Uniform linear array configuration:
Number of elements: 32
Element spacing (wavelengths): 0.25
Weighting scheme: kaiser
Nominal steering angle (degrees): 45
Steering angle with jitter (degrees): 43.3
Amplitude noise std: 0.05
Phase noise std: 0.05

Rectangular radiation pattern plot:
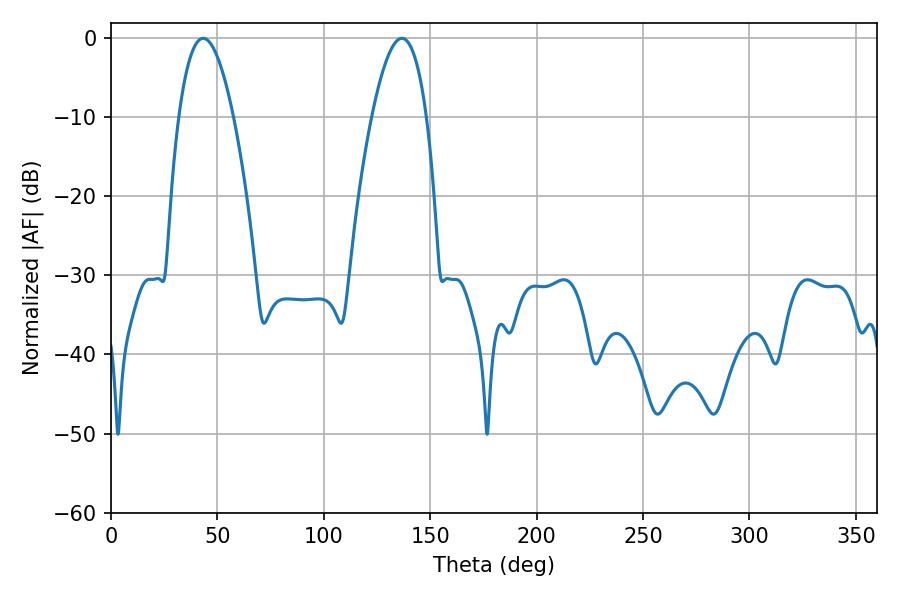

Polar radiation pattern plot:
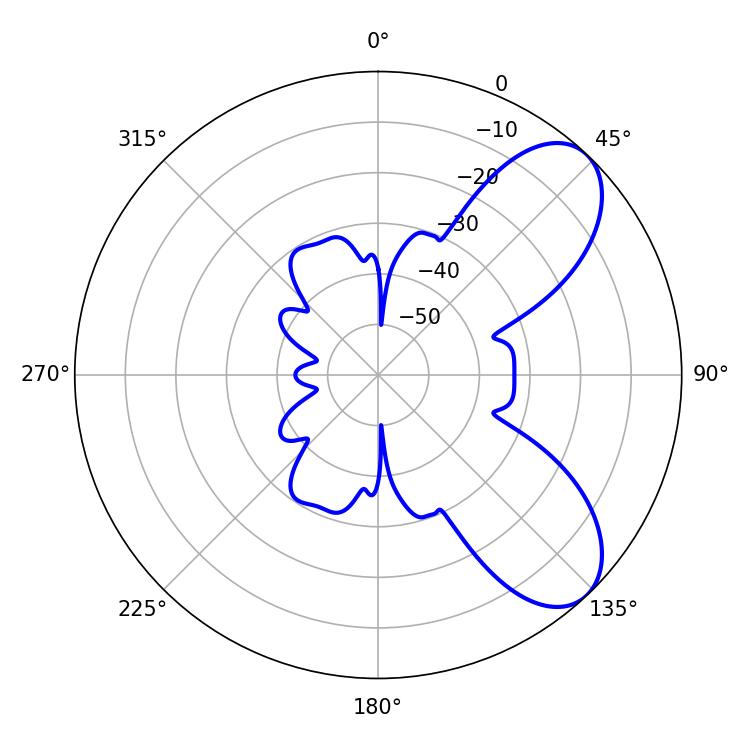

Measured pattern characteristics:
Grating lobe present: FALSE
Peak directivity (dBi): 7.373
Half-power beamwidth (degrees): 14.04
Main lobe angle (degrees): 43.38